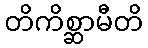
တိကိစ္ဆာမီတိ